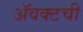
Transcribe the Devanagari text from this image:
ॲवक्टची